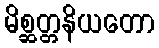
မိစ္ဆတ္တနိယတော